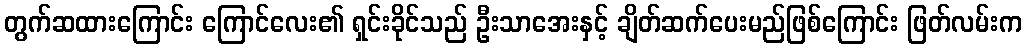
တွက်ဆထားကြောင်း ကြောင်လေး၏ ရှင်းခိုင်သည် ဦးသာအေးနှင့် ချိတ်ဆက်ပေးမည်ဖြစ်ကြောင်း ဖြတ်လမ်းက